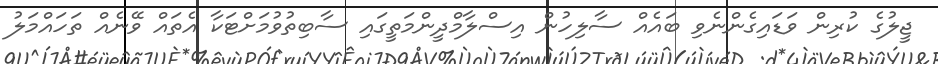
ޖީލުގެ ކުރިން ވަޑައިގެންނެވި ބައެއް ސާލިހުން އިސްލާމްދީންމަތީގައި ސާބިތުވުމަށްޓަކާ އެތައް ވޭނެއް ތަހައްމަލު